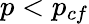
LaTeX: p<p_{cf}